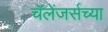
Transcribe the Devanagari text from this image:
चॅलेंजर्सच्या